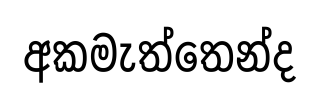
අකමැත්තෙන්ද